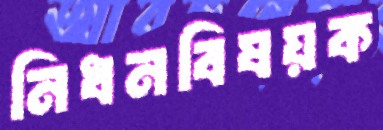
নিধনবিষয়ক